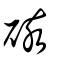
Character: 硋